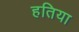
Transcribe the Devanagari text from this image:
हतिया